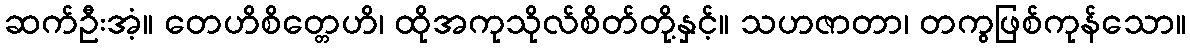
ဆက်ဦးအံ့။ တေဟိစိတ္တေဟိ၊ ထိုအကုသိုလ်စိတ်တို့နှင့်။ သဟဇာတာ၊ တကွဖြစ်ကုန်သော။